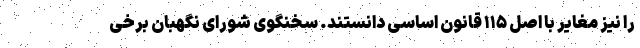
را نیز مغایر با اصل ۱۱۵ قانون اساسی دانستند. سخنگوی شورای نگهبان برخی